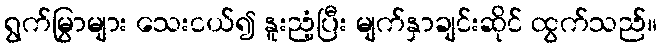
ရွက်မြွာများ သေးငယ်၍ နူးညံ့ပြီး မျက်နှာချင်းဆိုင် ထွက်သည်။